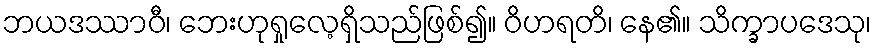
ဘယဒဿာဝီ၊ ဘေးဟုရှုလေ့ရှိသည်ဖြစ်၍။ ဝိဟရတိ၊ နေ၏။ သိက္ခာပဒေသု၊